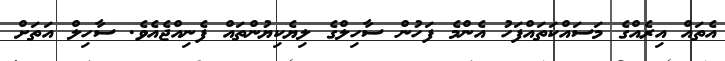
އެތައް އިރެއްގެ މަސައްކަތައްފަހު އެންމެ ފަހުން ސާހިލްގެ ލިޔެކިޔުންތައް ފެނިއްޖެއެވެ. ސާހިލް އަތަށް